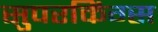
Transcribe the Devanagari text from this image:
सुपरकिंग्स